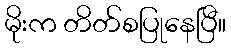
မိုးက တိတ်စပြုနေပြီ။